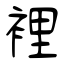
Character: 裡